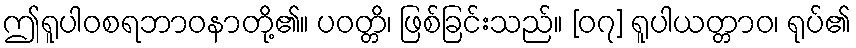
ဤရူပါဝစရဘာဝနာတို့၏။ ပဝတ္တိ၊ ဖြစ်ခြင်းသည်။ [၀၇] ရူပါယတ္တာဝ၊ ရုပ်၏